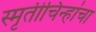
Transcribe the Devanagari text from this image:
स्मृतीचिन्हांचा